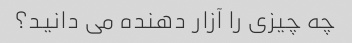
چه چیزی را آزار دهنده می دانید؟